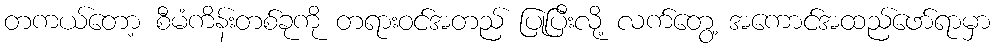
တကယ်တော့ စီမံကိန်းတစ်ခုကို တရားဝင်အတည် ပြုပြီးလို့ လက်တွေ့ အကောင်အထည်ဖော်ရာမှာ